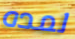
لمده